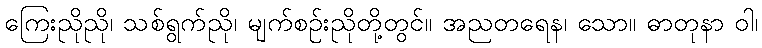
ကြေးညိုညို၊ သစ်ရွက်ညို၊ မျက်စဉ်းညိုတို့တွင်။ အညတရေန၊ သော။ ဓာတုနာ ဝါ၊